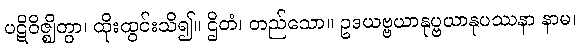
ပဋိဝိဇ္ဈိတွာ၊ ထိုးထွင်းသိ၍။ ဌိတံ၊ တည်သော။ ဥဒယဗ္ဗယာနုပ္ဗယာနုပဿနာ နာမ၊